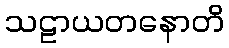
သဠာယတနောတိ